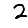
Digit: 2